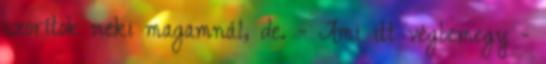
szorítok neki magamnál, de. - Ami itt végbemegy -